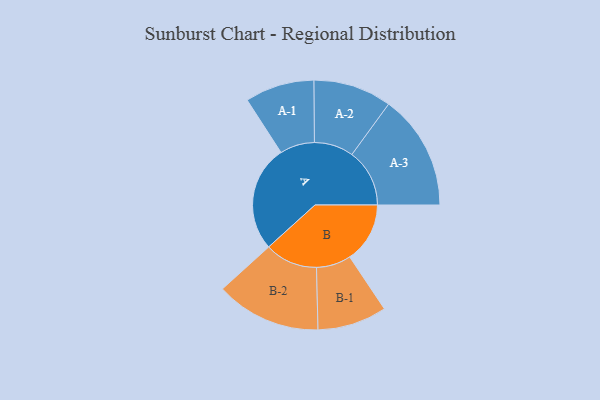
{"axis": {"x": "Segment", "y": "Value"}, "legend": ["", "A", "B"], "data": [{"x": "A", "y": 466, "type": ""}, {"x": "B", "y": 264, "type": ""}, {"x": "A-1", "y": 152, "type": "A"}, {"x": "A-2", "y": 172, "type": "A"}, {"x": "A-3", "y": 253, "type": "A"}, {"x": "B-1", "y": 152, "type": "B"}, {"x": "B-2", "y": 231, "type": "B"}]}